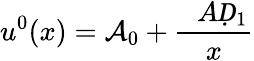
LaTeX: u^{0}(x)=\mathcal{A}_{0}+\frac{\mathcal ḊAḌ_{1}}{x}